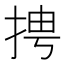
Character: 𱟼